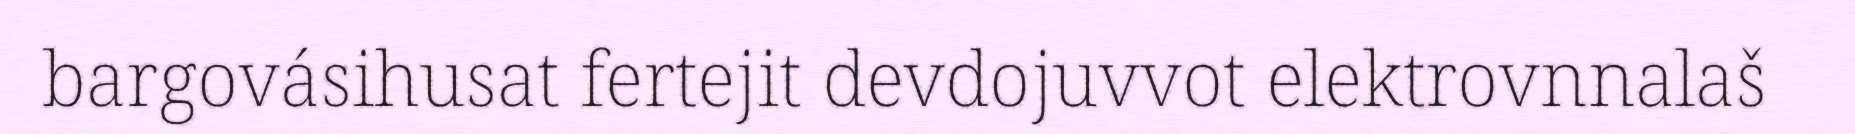
bargovásihusat fertejit devdojuvvot elektrovnnalaš